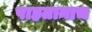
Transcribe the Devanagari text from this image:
पाहतानाच